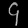
Digit: ၄